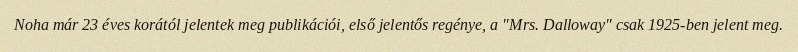
Noha már 23 éves korától jelentek meg publikációi, első jelentős regénye, a "Mrs. Dalloway" csak 1925-ben jelent meg.